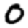
Digit: 0